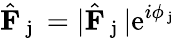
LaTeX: \hat{\mathbf{F}}_{\mathrm{~j~}}=|\hat{\mathbf{F}}_{\mathrm{~j~}}|\mathrm{e}^{i\phi_{\mathrm{~j~}}}